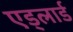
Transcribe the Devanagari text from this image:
एड्लार्ड